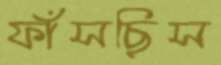
ফাঁসছিস